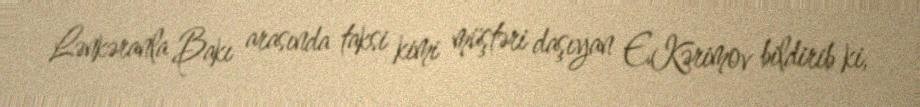
Lənkəranla Bakı arasında taksi kimi müştəri daşıyan E.Kərimov bildirib ki,